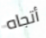
أتجاه